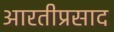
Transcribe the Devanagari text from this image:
आरतीप्रसाद